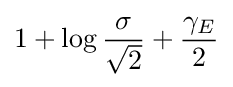
1+\log {\frac {\sigma }{\sqrt {2}}}+{\frac {\gamma _{E}}{2}}